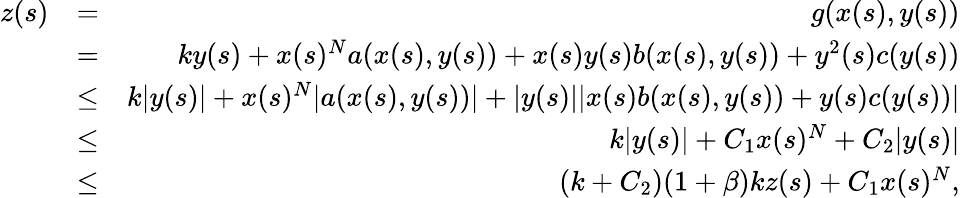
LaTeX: \begin{array}{rlr}{z(s)}&{=}&{g(x(s),y(s))}\\ &{=}&{ky(s)+x(s)^{N}a(x(s),y(s))+x(s)y(s)b(x(s),y(s))+y^{2}(s)c(y(s))}\\ &{\leq}&{k|y(s)|+x(s)^{N}|a(x(s),y(s))|+|y(s)||x(s)b(x(s),y(s))+y(s)c(y(s))|}\\ &{\leq}&{k|y(s)|+C_{1}x(s)^{N}+C_{2}|y(s)|}\\ &{\leq}&{(k+C_{2})(1+\beta)kz(s)+C_{1}x(s)^{N},}\end{array}